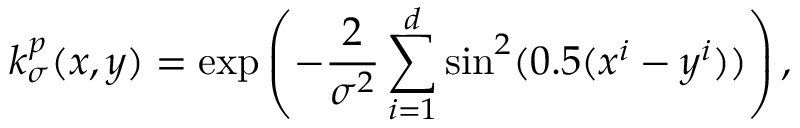
k _ { \sigma } ^ { p } ( x , y ) = \exp \left( - \frac { 2 } { \sigma ^ { 2 } } \sum _ { i = 1 } ^ { d } \sin ^ { 2 } ( 0 . 5 ( x ^ { i } - y ^ { i } ) ) \right) ,